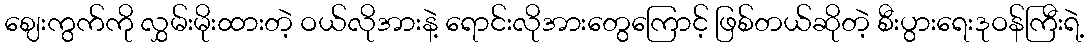
ဈေးကွက်ကို လွှမ်းမိုးထားတဲ့ ဝယ်လိုအားနဲ့ ရောင်းလိုအားတွေကြောင့် ဖြစ်တယ်ဆိုတဲ့ စီးပွားရေးဒုဝန်ကြီးရဲ့